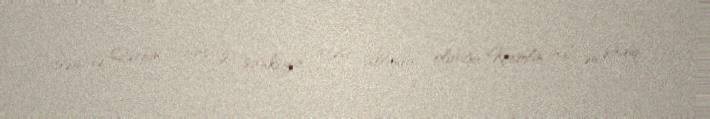
həm də Qərbin “çarpaz sanksiya atəşi altında” olduğu Kremlin indi ən sadiq